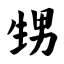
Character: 甥